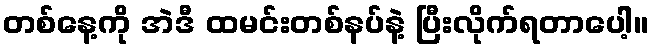
တစ်နေ့ကို အဲဒီ ထမင်းတစ်နပ်နဲ့ ပြီးလိုက်ရတာပေါ့။